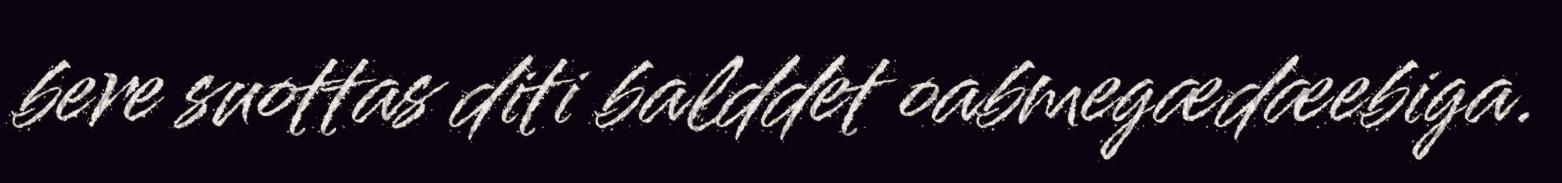
bere suottas diti balddet oabmegædæebiga.